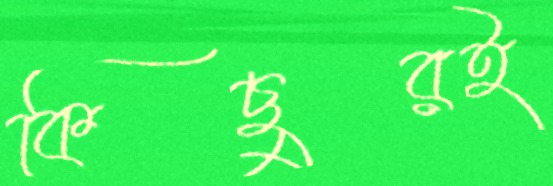
কিছুরই